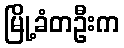
မြို့ခံတဦးက